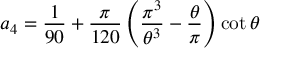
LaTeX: a _ { 4 } = \frac { 1 } { 9 0 } + \frac { \pi } { 1 2 0 } \left( \frac { \pi ^ { 3 } } { \theta ^ { 3 } } - \frac { \theta } { \pi } \right) \cot \theta